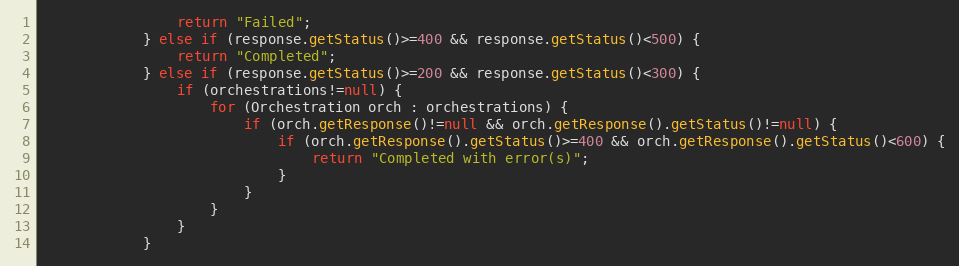
Language: Java
                return "Failed";
            } else if (response.getStatus()>=400 && response.getStatus()<500) {
                return "Completed";
            } else if (response.getStatus()>=200 && response.getStatus()<300) {
                if (orchestrations!=null) {
                    for (Orchestration orch : orchestrations) {
                        if (orch.getResponse()!=null && orch.getResponse().getStatus()!=null) {
                            if (orch.getResponse().getStatus()>=400 && orch.getResponse().getStatus()<600) {
                                return "Completed with error(s)";
                            }
                        }
                    }
                }
            }